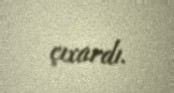
çıxardı.